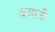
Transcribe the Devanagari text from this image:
दवाऊँ